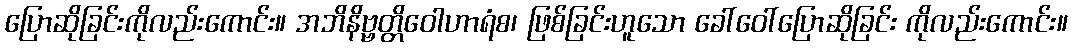
ပြောဆိုခြင်းကိုလည်းကောင်း။ အဘိနိဗ္ဗတ္တိဝေါဟာရံစ၊ ဖြစ်ခြင်းဟူသော ခေါ်ဝေါ်ပြောဆိုခြင်း ကိုလည်းကောင်း။